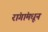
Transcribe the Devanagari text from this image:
रांगांमधून